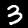
Label: 3